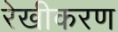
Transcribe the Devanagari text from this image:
रेखीकरण